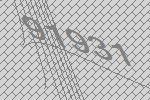
91931